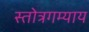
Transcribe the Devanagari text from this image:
स्तोत्रगम्याय